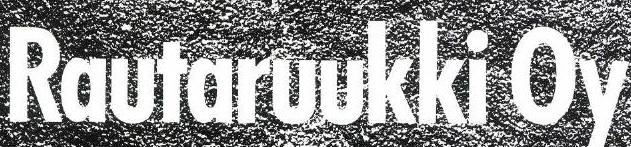
Rautaruukki Oy